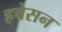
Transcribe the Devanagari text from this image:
हचेसन